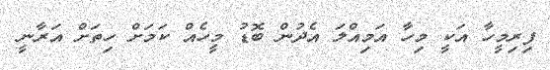
ފިރިމީހާ އަކީ މިހާ އަމިއްލަ އެދުން ބޮޑު މީހެއް ކަމަށް ހިތަށް އަރާނީ